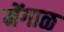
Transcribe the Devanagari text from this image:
मेंगाळ